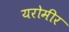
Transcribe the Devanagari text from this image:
यरोमीर